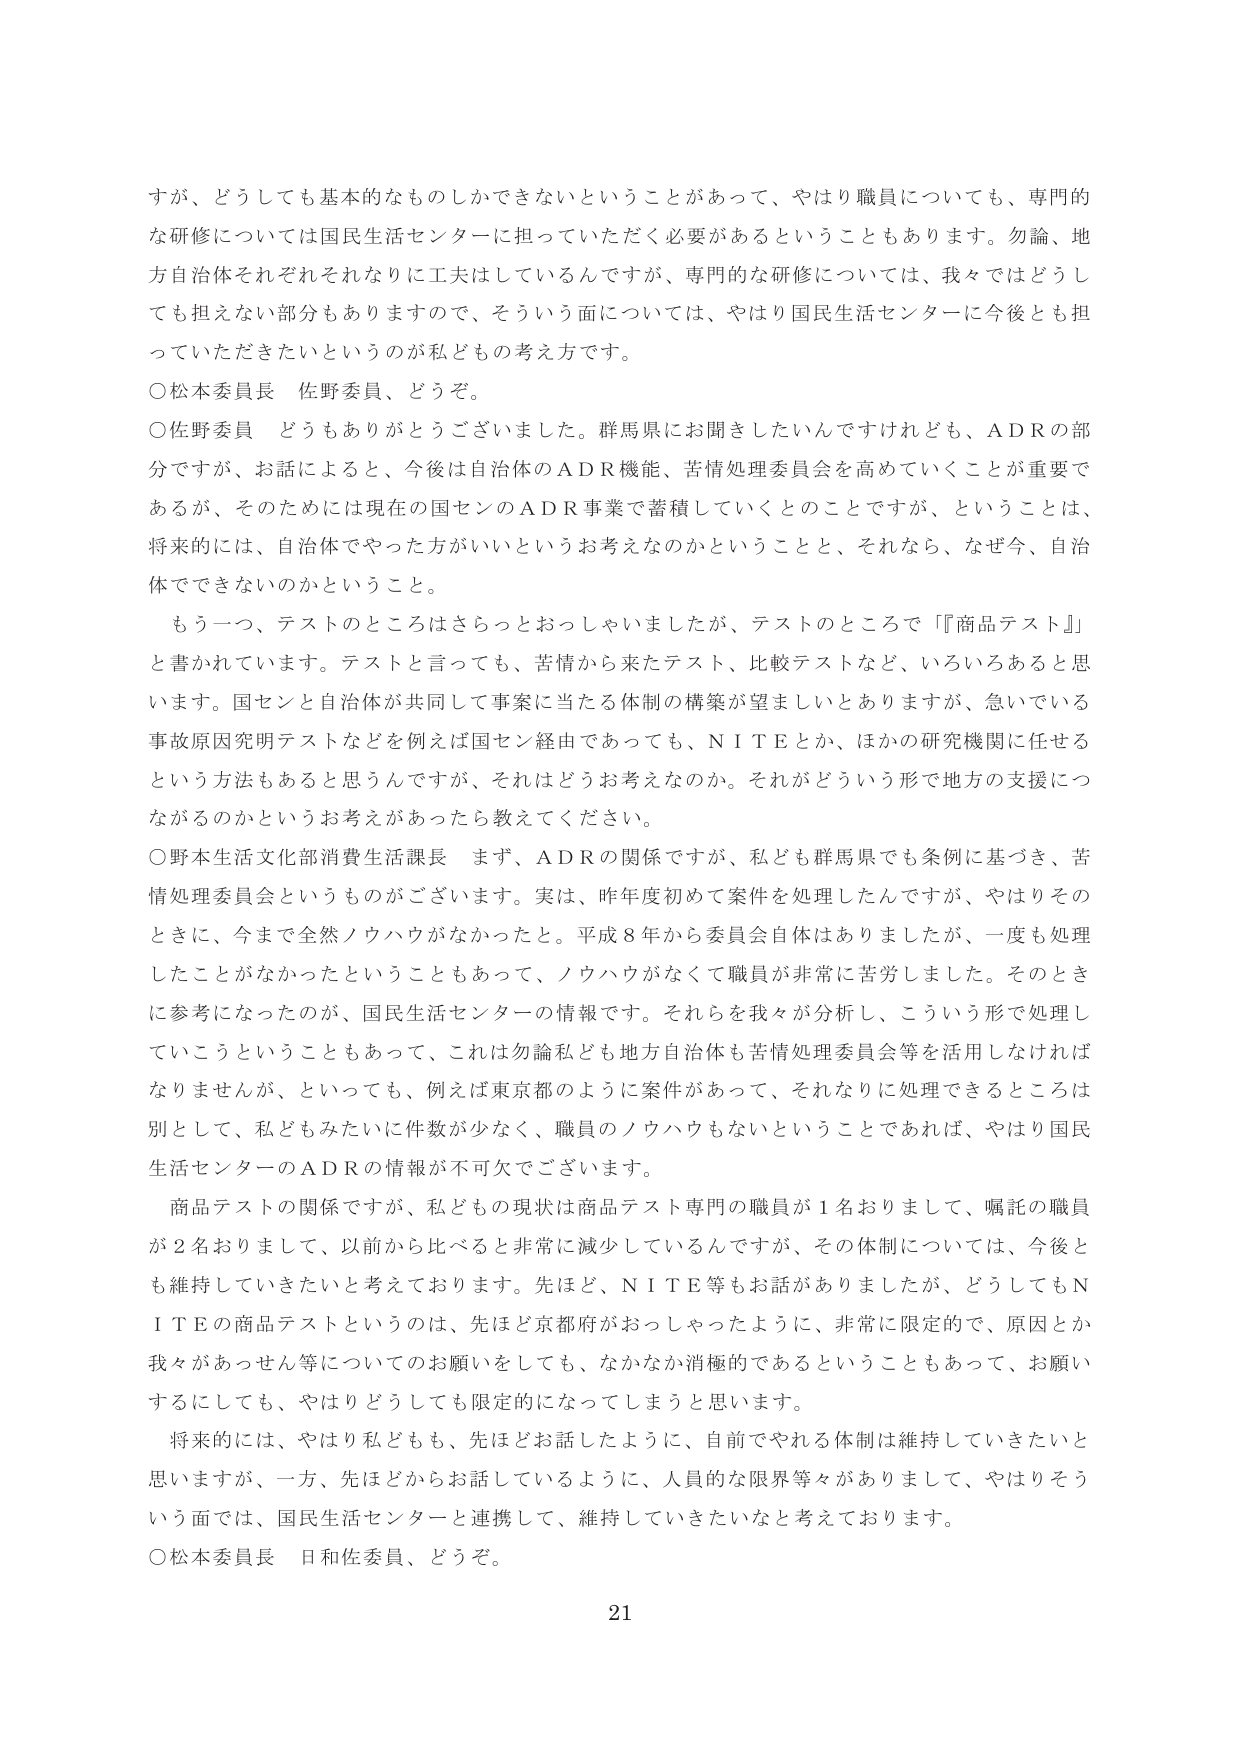
すが、どうしても基本的なものしかできないということがあって、やはり職員についても、専門的な研修については国民生活センターに担っていただく必要があるということもあります。勿論、地方自治体それぞれそれなりに工夫はしているんですが、専門的な研修については、我々ではどうしても担えない部分もありますので、そういう面については、やはり国民生活センターに今後とも担っていただきたいというのが私どもの考え方です。

○松本委員長 佐野委員、どうぞ。

○佐野委員 どうもありがとうございました。群馬県にお聞きしたいんですけれども、ＡＤＲの部分ですが、お話によると、今後は自治体のＡＤＲ機能、苦情処理委員会を高めていくことが重要であるが、そのためには現在の国センのＡＤＲ事業で蓄積していくとのことですが、ということは、将来的には、自治体でやった方がいいというお考えなのかということと、それなら、なぜ今、自治体でできないのかということ。

もう一つ、テストのところはさらっとおっしゃいましたが、テストのところで『商品テスト』と書かれています。テストと言っても、苦情から来たテスト、比較テストなど、いろいろあると思います。国センと自治体が共同して事案に当たる体制の構築が望ましいとありますが、急いでいる事故原因究明テストなどを例えば国セン経由であっても、ＮＩＴＥとか、ほかの研究機関に任せるという方法もあると思うんですが、それはどうお考えなのか。それがどういう形で地方の支援につながるのかというお考えがあったら教えてください。

○野本生活文化部消費生活課長 まず、ＡＤＲの関係ですが、私ども群馬県でも条例に基づき、苦情処理委員会というものがございます。実は、昨年度初めて案件を処理したんですが、やはりそのときに、今まで全然ノウハウがなかったと。平成８年から委員会自体はありましたが、一度も処理したことがなかったということもあって、ノウハウがなくて職員が非常に苦労しました。そのときに参考になったのが、国民生活センターの情報です。それらを我々が分析し、こういう形で処理していこうということもあって、これは勿論私ども地方自治体も苦情処理委員会等を活用しなければなりませんが、といっても、例えば東京都のように案件があって、それなりに処理できるところは別として、私どもみたいに件数が少なく、職員のノウハウもないということであれば、やはり国民生活センターのＡＤＲの情報が不可欠でございます。

商品テストの関係ですが、私どもの現状は商品テスト専門の職員が１名おりまして、嘱託の職員が２名おりまして、以前から比べると非常に減少しているんですが、その体制については、今後とも維持していきたいと考えております。先ほど、ＮＩＴＥ等もお話がありましたが、どうしてもＮＩＴＥの商品テストというのは、先ほど京都府がおっしゃったように、非常に限定的で、原因とか我々があっせん等についてのお願いをしても、なかなか消極的であるということもあって、お願いするにしても、やはりどうしても限定的になってしまうと思います。

将来的には、やはり私どもも、先ほどお話したように、自前でやれる体制は維持していきたいと思いますが、一方、先ほどからお話しているように、人員的な限界等々がありまして、やはりそういう面では、国民生活センターと連携して、維持していきたいなと考えております。

○松本委員長 日和佐委員、どうぞ。

21